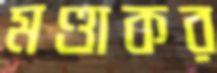
মণ্ডাকর